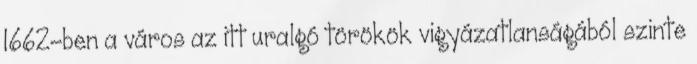
1662-ben a város az itt uralgó törökök vigyázatlanságából szinte